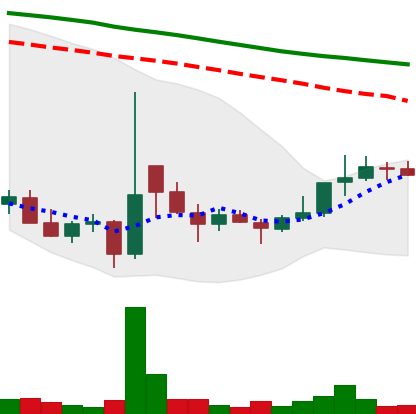
Ticker: DOGE-USD
Chart end date: 2021-12-27
Forward return: -7.815%
Label: down_7plus